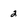
Character: 2